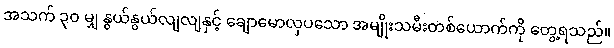
အသက် ၃၀ မျှ နွယ်နွယ်လျလျနှင့် ချောမောလှပသော အမျိုးသမီးတစ်ယောက်ကို တွေ့ရသည်။